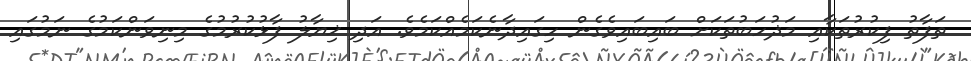
ތަފާތު ފިކުރުތަކާއި މަޛުހަބުތަކަށް ބައިބައިވެގެން ހިގައިދާނެކަމެއްކަމެވެ. އަދި ޚިޔާލު ފާޅުކުރުމުގެ މިނިވަންކަމުގެ ނަމުގައި